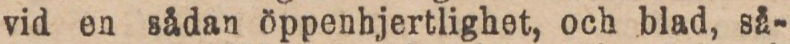
vid en sådan öppenhjertlighet, och blad, så-